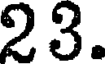
23.